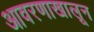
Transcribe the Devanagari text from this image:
आवरणाखालून